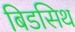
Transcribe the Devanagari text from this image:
बिडसिथ